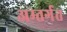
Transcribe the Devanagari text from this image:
अम्तर्गत